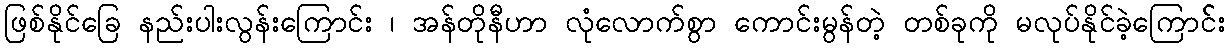
ဖြစ်နိုင်ခြေ နည်းပါးလွန်းကြောင်း ၊ အန်တိုနီဟာ လုံလောက်စွာ ကောင်းမွန်တဲ့ တစ်ခုကို မလုပ်နိုင်ခဲ့ကြောင််း